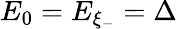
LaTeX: E_{0}=E_{\xi_{-}}=\Delta